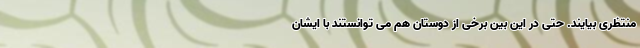
منتظری بیایند. حتی در این بین برخی از دوستان هم می توانستند با ایشان